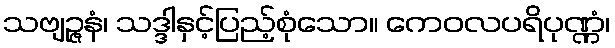
သဗျဉ္ဇနံ၊ သဒ္ဒါနှင့်ပြည့်စုံသော။ ကေဝလပရိပုဏ္ဏံ၊